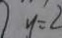
y = 2